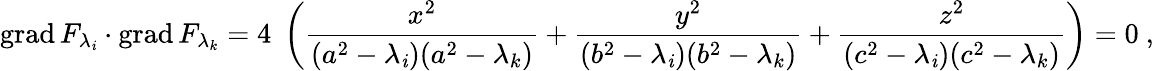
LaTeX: \operatorname{grad}F_{\lambda_{\mathit{i}}}\cdot\operatorname{grad}F_{\lambda_{k}}=4\; \left({\frac{{x^{2}}}{{(a^{2}-\lambda_{\mathit{i}})(a^{2}-\lambda_{k})}}}+{\frac{{y^{2}}}{{(b^{2}-\lambda_{\mathit{i}})(b^{2}-\lambda_{k})}}}+{\frac{{z^{2}}}{{(c^{2}-\lambda_{\mathit{i}})(c^{2}-\lambda_{k})}}}\right)=0\ ,